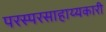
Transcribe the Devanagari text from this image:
परस्परसाहाय्यकारी